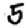
Digit: 5